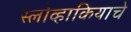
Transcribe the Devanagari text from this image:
स्लोव्हाकियाचे